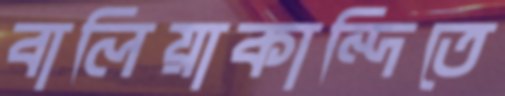
বালিয়াকান্দিতে